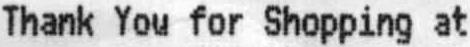
THANK YOU FOR SHOPPING AT